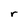
Character: r